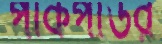
পাকপাউর